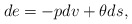
\begin{align*} de=-pdv+\theta ds,\end{align*}